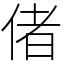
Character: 偖